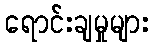
ရောင်းချမှုများ